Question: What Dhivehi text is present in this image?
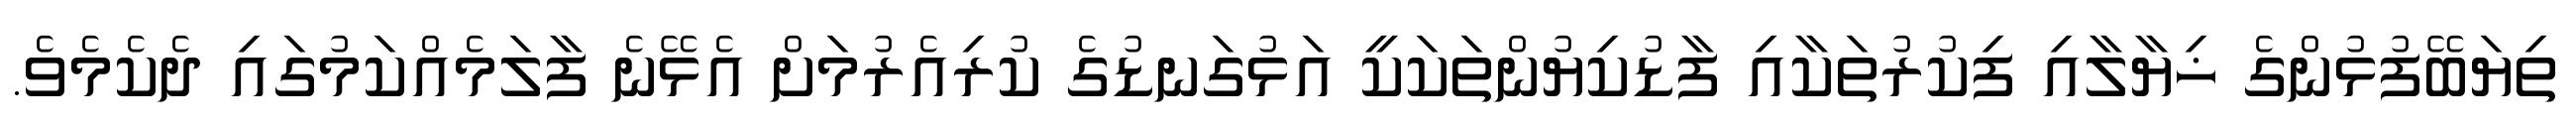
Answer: ތިޔަބޭފުޅުންގެ ޚިޔާލާއި ފިކުރުތަކާއި ފާޑުކިޔުންތަކަކީ އަޅުގަނޑުގެ ކުރިއެރުމަށް އެޅޭނެ ފާލަމެއްކަމުގައި ދެކެމެވެ.